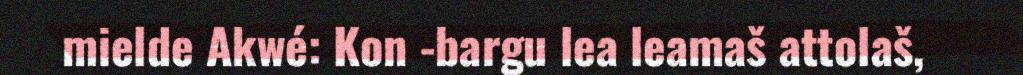
mielde Akwé: Kon -bargu lea leamaš attolaš,